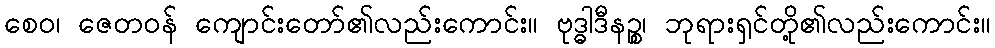
စေဝ၊ ဇေတဝန် ကျောင်းတော်၏လည်းကောင်း။ ဗုဒ္ဓါဒီနဉ္စ၊ ဘုရားရှင်တို့၏လည်းကောင်း။